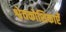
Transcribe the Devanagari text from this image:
श्वेतकोशिकाएँ